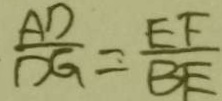
\frac { A D } { D G } = \frac { E F } { B E }